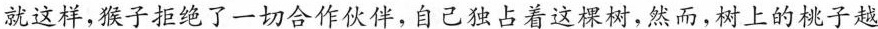
就这样，猴子拒绝了一切合作伙伴，自己独占着这棵树，然而，树上的桃子越结